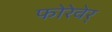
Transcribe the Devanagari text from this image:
फोरेवेर्